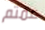
عمتم